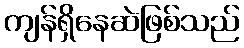
ကျန်ရှိနေဆဲဖြစ်သည်